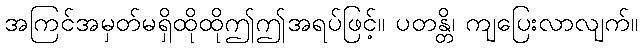
အကြင်အမှတ်မရှိထိုထိုဤဤအရပ်ဖြင့်။ ပတန္တိ၊ ကျပြေးလာလျက်။